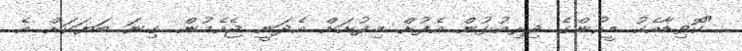
"ކޮވިޑާއެކު މީހުންގެ ދިރިއުޅުން އެފުށް މިފުށަށް އެދަނީ ޖެހެމުން. ގިނަ ބަޔަކަށް އެ